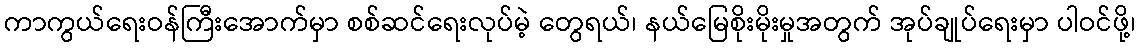
ကာကွယ်ရေးဝန်ကြီးအောက်မှာ စစ်ဆင်ရေးလုပ်မဲ့ တွေရယ်၊ နယ်မြေစိုးမိုးမှုအတွက် အုပ်ချုပ်ရေးမှာ ပါဝင်ဖို့၊